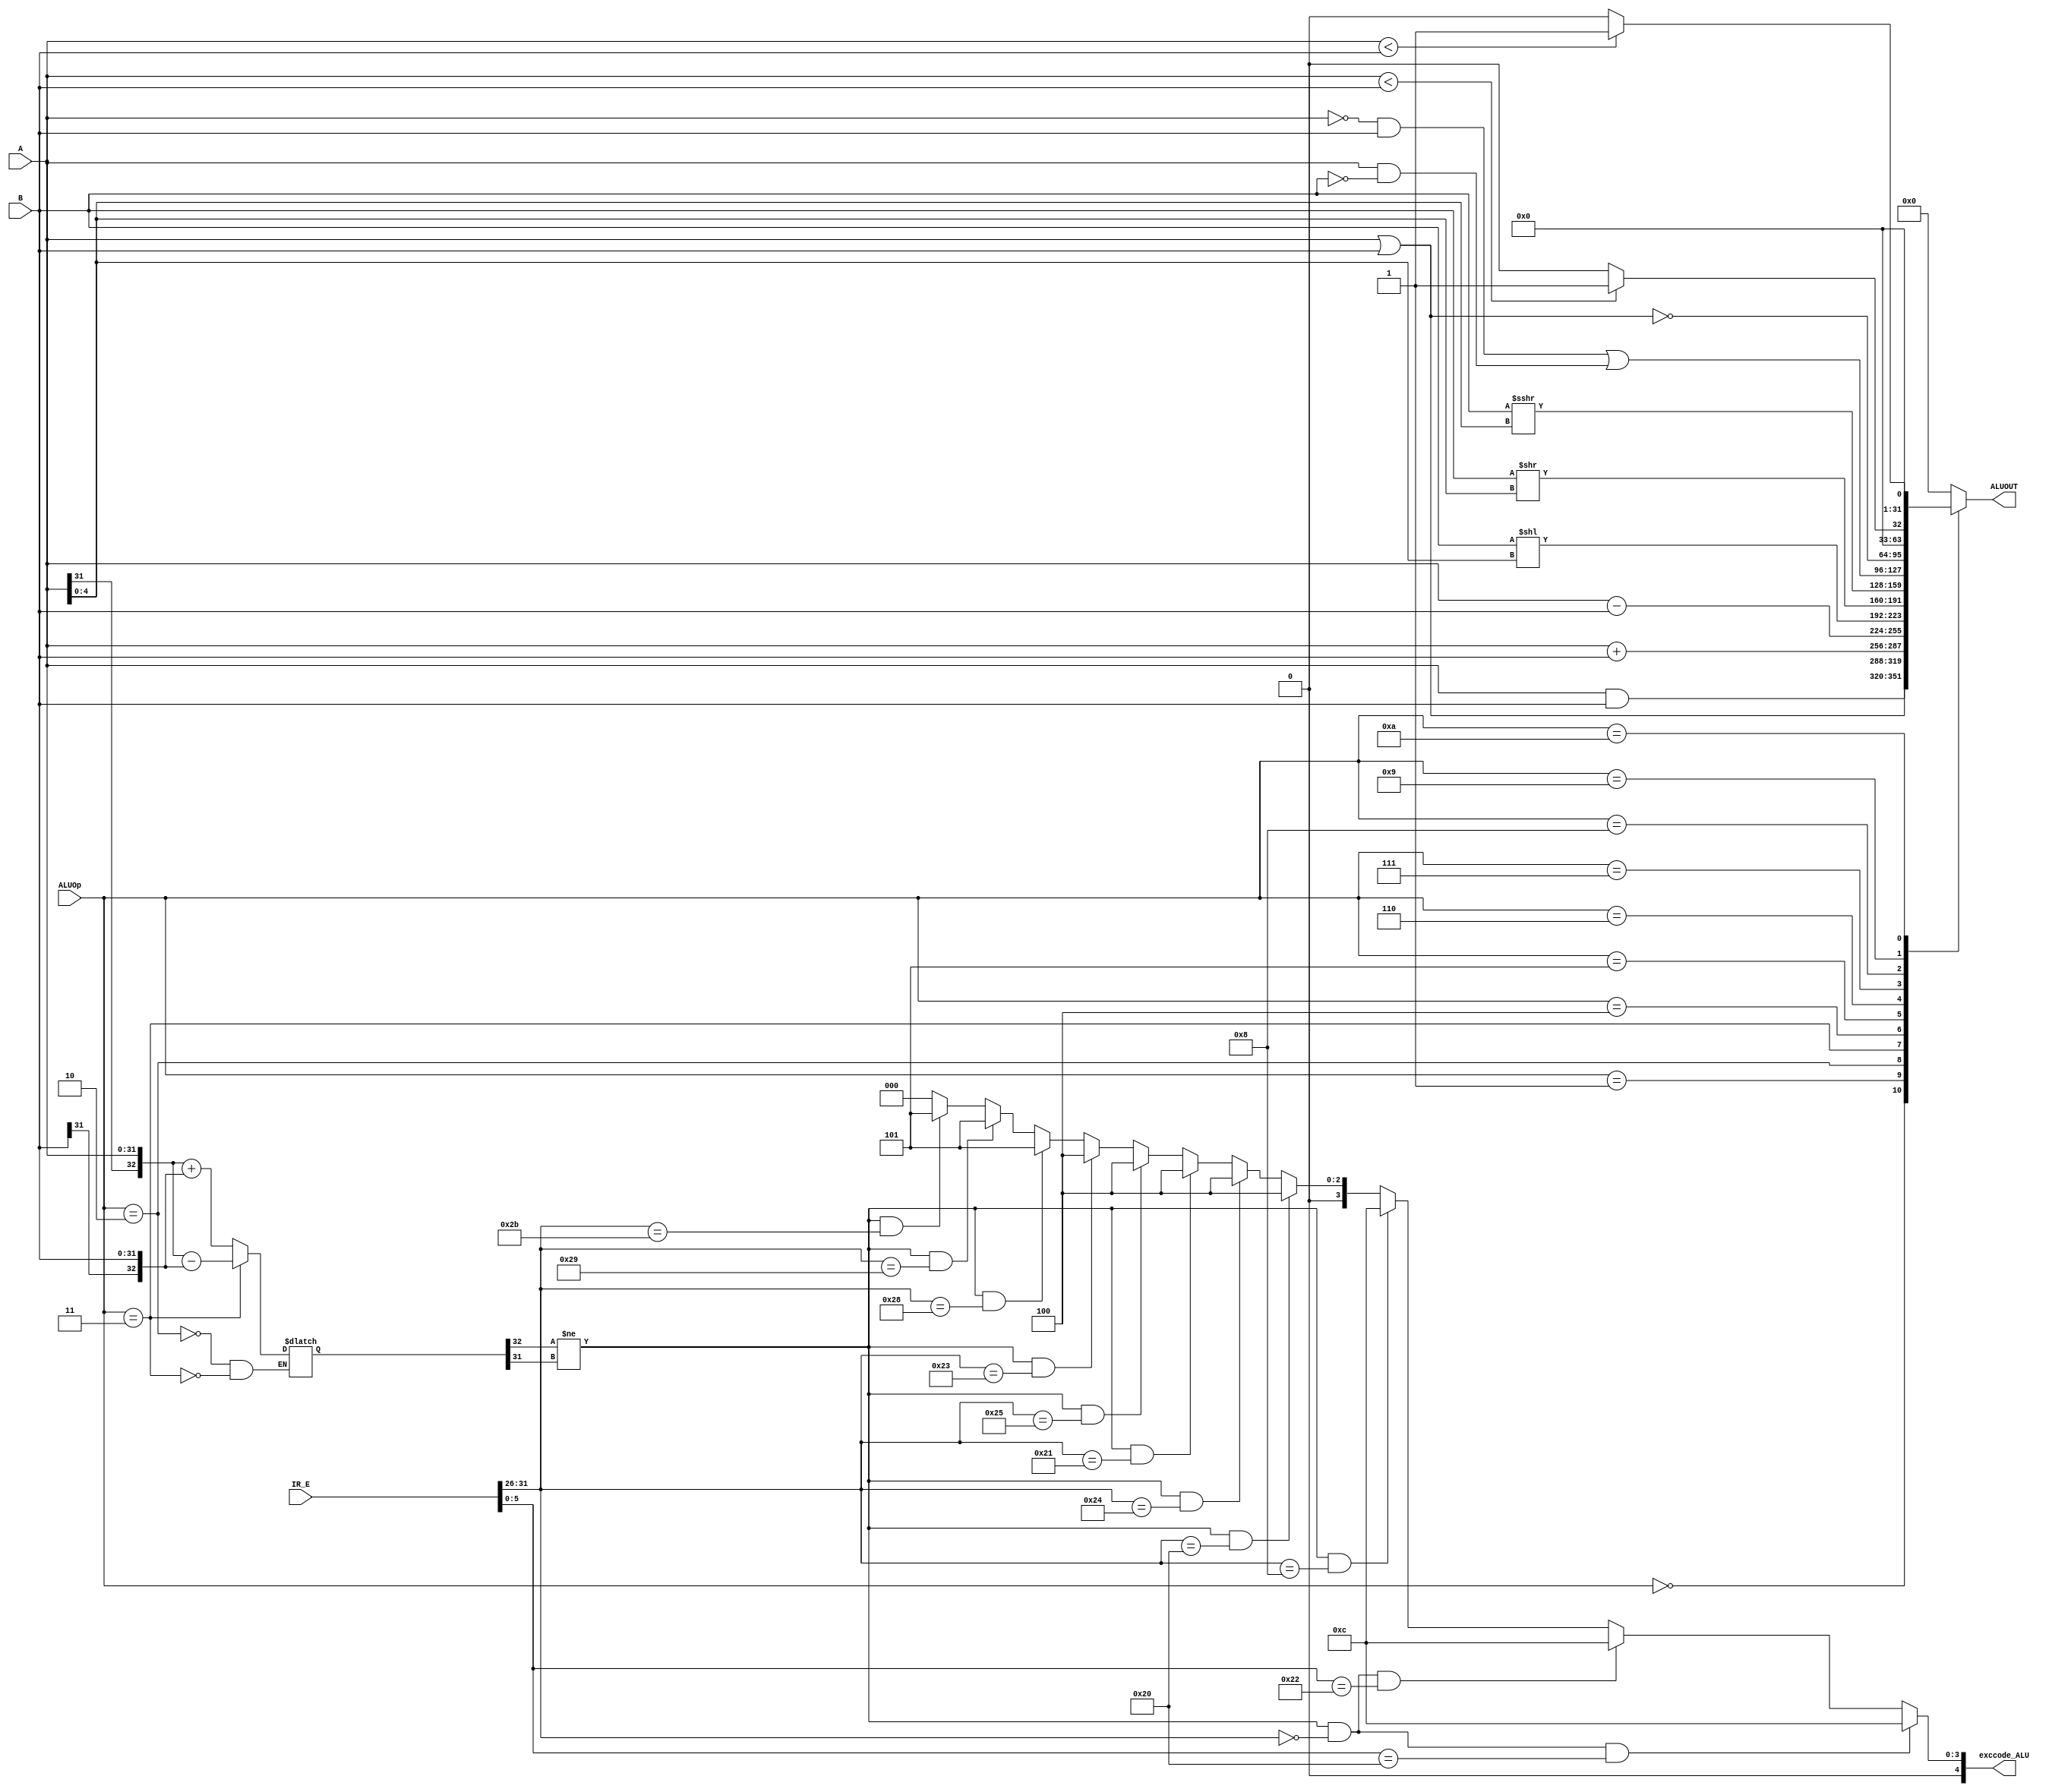
`timescale 1ns / 1ps
//////////////////////////////////////////////////////////////////////////////////
// Company: 
// Engineer: 
// 
// Design Name: 
// Module Name:    ALU 
// Project Name: 
// Target Devices: 
// Tool versions: 
// Description: 
//
// Dependencies: 
//
// Revision: 
// Revision 0.01 - File Created
// Additional Comments: 
//
//////////////////////////////////////////////////////////////////////////////////
module ALU(
    input [31:0] A,
    input [31:0] B,
    input [3:0] ALUOp,
	input [31:0] IR_E,
    output reg [31:0] ALUOUT,
	output [4:0] exccode_ALU
    );
	
	reg [32:0] temp;
	wire overflow;
	assign overflow = (temp[32]!=temp[31]);
	
	assign exccode_ALU = (overflow&&IR_E[31:26]==6'b000000&&IR_E[5:0]==6'b100000) ? 5'b01100 :
						 (overflow&&IR_E[31:26]==6'b000000&&IR_E[5:0]==6'b100010) ? 5'b01100 :
						 (overflow&&IR_E[31:26]==6'b001000) 					  ? 5'b01100 :
						 (overflow&&IR_E[31:26]==6'b100000) 					  ? 5'b00100 :
						 (overflow&&IR_E[31:26]==6'b100100) 					  ? 5'b00100 :
						 (overflow&&IR_E[31:26]==6'b100001) 					  ? 5'b00100 :
						 (overflow&&IR_E[31:26]==6'b100101) 					  ? 5'b00100 :
						 (overflow&&IR_E[31:26]==6'b100011) 					  ? 5'b00100 :
						 (overflow&&IR_E[31:26]==6'b101000) 					  ? 5'b00101 :
						 (overflow&&IR_E[31:26]==6'b101001) 					  ? 5'b00101 :
						 (overflow&&IR_E[31:26]==6'b101011) 					  ? 5'b00101 :
																					5'b00000 ;
						 
						 
	
	always @ ( * ) begin
		case (ALUOp)
			4'b0000: ALUOUT <= A & B;
			4'b0001: ALUOUT <= A | B;
			4'b0010: begin
					 ALUOUT <= A + B;
					 temp <= {A[31],A[31:0]} + {B[31],B[31:0]};
					 end
			4'b0011: begin
					 ALUOUT <= A - B;
					 temp <= {A[31],A[31:0]} - {B[31],B[31:0]};
					 end
			4'b0100: ALUOUT <= B << A[4:0];
			4'b0101: ALUOUT <= B >> A[4:0];
			4'b0110: ALUOUT <= $signed($signed(B) >>> A[4:0]);
			4'b0111: ALUOUT <= (~A & B)|(A & ~B);
			4'b1000: ALUOUT <= ~(A | B);
			4'b1001: ALUOUT <= ($signed(A)<$signed(B)) ? 32'h00000001 : 32'h00000000;
			4'b1010: ALUOUT <= (A < B) ? 32'h00000001 : 32'h00000000;
			default: ALUOUT <= 32'h00000000;
		endcase
	end

endmodule